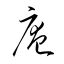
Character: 庵